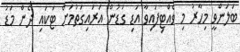
ބަލަންވީ މިހާރު މި ވެއްޓިފައިވާ އަޑި ގަޑުން އަރައިގަތުމަށް ޓަކައި ދެން މަޑު